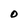
Character: O